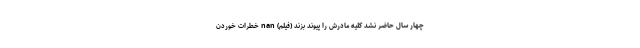
چهار سال حاضر نشد کلیه مادرش را پیوند بزند (فیلم) nan خطرات خوردن